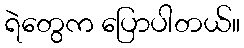
ရဲတွေက ပြောပါတယ်။